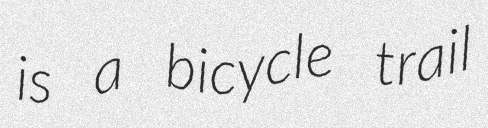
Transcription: is a bicycle trail